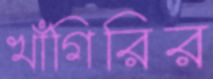
খাঁগিরির